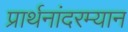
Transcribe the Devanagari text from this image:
प्रार्थनांदरम्यान